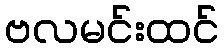
ဗလမင်းထင်